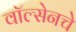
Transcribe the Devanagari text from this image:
वॉल्सेनचे